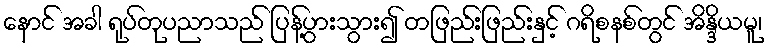
နောင် အခါ ရုပ်တုပညာသည် ပြန့်ပွားသွား၍ တဖြည်းဖြည်းနှင့် ဂရိစနစ်တွင် အိန္ဒိယမူ၊